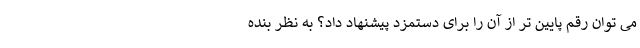
می توان رقم پایین تر از آن را برای دستمزد پیشنهاد داد؟ به نظر بنده